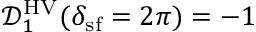
\mathcal { D } _ { 1 } ^ { \mathrm { H V } } ( \delta _ { \mathrm { s f } } = 2 \pi ) = - 1